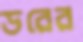
ডরের